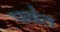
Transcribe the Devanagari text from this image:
पव॑त